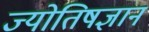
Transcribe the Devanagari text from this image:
ज्योतिषज्ञान